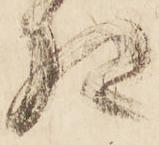
相